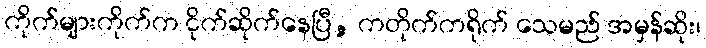
ကိုက်များကိုက်က ငိုက်ဆိုက်နေပြီ, ကတိုက်ကရိုက် သေမည် အမှန်ဆိုး၊